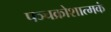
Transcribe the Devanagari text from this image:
पञ्चक्रोशात्मकं